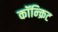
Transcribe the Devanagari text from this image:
कॉन्‍क्रिट